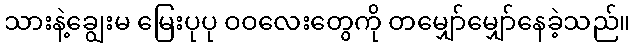
သားနဲ့ချွေးမ မြေးပုပု ဝဝလေးတွေကို တမျှော်မျှော်နေခဲ့သည်။